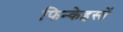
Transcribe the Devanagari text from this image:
फिन्केइस्तें